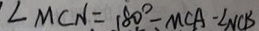
\angle M C N = 1 8 0 ^ { \circ } - M C A - \angle N C B